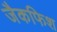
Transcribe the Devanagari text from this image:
जैकफिश